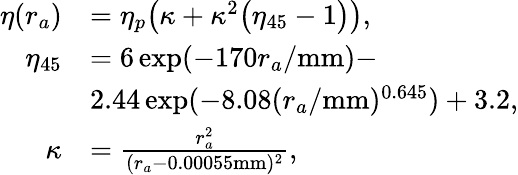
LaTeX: \begin{array}{rl}{\eta(r_{a})}&{=\eta_{p}\bigl(\kappa+\kappa^{2}\bigl(\eta_{45}-1\bigr)\bigr),}\\ {\eta_{45}}&{=6\exp(-170r_{a}/\mathrm{mm})-}\\ &{2.44\exp(-8.08(r_{a}/\mathrm{mm})^{0.645})+3.2,}\\ {\kappa}&{=\frac{r_{a}^{2}}{(r_{a}-0.00055\mathrm{mm})^{2}},}\end{array}